Report of the Indian Hemp Drugs Commission, 1894-1895 - Volume IV
Year: 1894
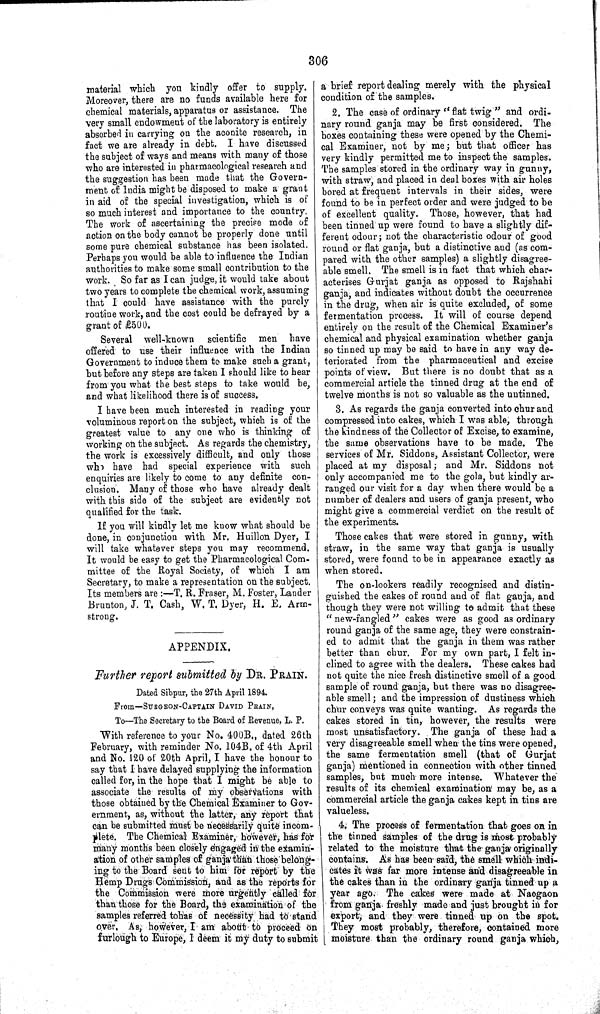
306
material which you kindly offer to supply.
Moreover, there are no funds available here for
chemical materials, apparatus or assistance. The
very small endowment of the laboratory is entirely
absorbed in carrying on the aconite research, in
fact we are already in debt. I have discussed
the subject of ways and means with many of those
who are interested in pharmacological research and
the suggestion has been made that the Govern-
ment of India might be disposed to make a grant
in aid of the special investigation, which is of
so much interest and importance to the country.
The work of ascertaining the precise mode of
action on the body cannot be properly done until
some pure chemical substance has been isolated.
Perhaps you would be able to influence the Indian
authorities to make some small contribution to the
work. So far as I can judge, it would take about
two years to complete the chemical work, assuming
that I could have assistance with the purely
routine work, and the cost could be defrayed by a
grant of £500.
Several well-known scientific men have
offered to use their influence with the Indian
Government to induce them to make such a grant,
but before any steps are taken I should like to hear
from you what the best steps to take would be,
and what likelihood there is of success.
I have been much interested in reading your
voluminous report on the subject, which is of the
greatest value to any one who is thinking of
working on the subject. As regards the chemistry,
the work is excessively difficult, and only those
who have had special experience with such
enquiries are likely to come to any definite con-
clusion. Many of those who have already dealt
with this side of the subject are evidently not
qualified for the task.
If you will kindly let me know what should be
done, in conjunction with Mr. Huillon Dyer, I
will take whatever steps you may recommend.
It would be easy to get the Pharmacological Com-
mittee of the Royal Society, of which I am
Secretary, to make a representation on the subject.
Its members are:—T. R. Fraser, M. Foster, Lander
Brunton, J. T. Cash, W. T. Dyer, H. E. Arm-
strong.
APPENDIX.
Further report submitted by DR. PRAIN.
Dated Sibpur, the 27th April 1894.
From—SURGEON-CAPTAIN DAVID PRAIN,
To—The Secretary to the Board of Revenue, L. P.
With reference to your No. 400B., dated 26th
February, with reminder No. 104B. of 4th April
and No. 120 of 20th April, I have the honour to
say that I have delayed supplying the information
called for, in the hope that I might be able to
associate the results of my observations with
those obtained by the Chemical Examiner to Gov-
ernment, as, without the latter, any report that
can be submitted must be necessarily quite incom-
plete. The Chemical Examiner, however, has for
many months been closely engaged in the examin-
ation of other samples of ganja than those belong-
ing to the Board sent to him for report by the
Hemp Drugs Commission, and as the reports for
the Commission were more urgently called for
than those for the Board, the examination of the
samples referred to has of necessity had to stand
over. As, however, I am about to proceed on
furlough to Europe, I deem it my duty to submit
a brief report dealing merely with the physical
condition of the samples.
2. The case of ordinary "flat twig" and ordi-
nary round ganja may be first considered. The
boxes containing these were opened by the Chemi-
cal Examiner, not by me; but that officer has
very kindly permitted me to inspect the samples.
The samples stored in the ordinary way in gunny,
with straw, and placed in deal boxes with air holes
bored at frequent intervals in their sides, were
found to be in perfect order and were judged to be
of excellent quality. Those, however, that had
been tinned up were found to have a slightly dif-
ferent odour; not the characteristic odour of good
round or flat ganja, but a distinctive and (as com-
pared with the other samples) a slightly disagree-
able smell. The smell is in fact that which char-
acterises Gurjat ganja as opposed to Rajshahi
ganja, and indicates without doubt the occurrence
in the drug, when air is quite excluded, of some
fermentation process. It will of course depend
entirely on the result of the Chemical Examiner's
chemical and physical examination whether ganja
so tinned up may be said to have in any way de-
teriorated from the pharmaceutical and excise
points of view. But there is no doubt that as a
commercial article the tinned drug at the end of
twelve months is not so valuable as the untinned.
3. As regards the ganja converted into chur and
compressed into cakes, which I was able, through
the kindness of the Collector of Excise, to examine,
the same observations have to be made. The
services of Mr. Siddons, Assistant Collector, were
placed at my disposal; and Mr. Siddons not
only accompanied me to the gola, but kindly ar-
ranged our visit for a day when there would be a
number of dealers and users of ganja present, who
might give a commercial verdict on the result of
the experiments.
Those cakes that were stored in gunny, with
straw, in the same way that ganja is usually
stored, were found to be in appearance exactly as
when stored.
The on-lookers readily recognised and distin-
guished the cakes of round and of flat ganja, and
though they were not willing to admit that these
"new-fangled" cakes were as good as ordinary
round ganja of the same age, they were constrain-
ed to admit that the ganja in them was rather
better than chur. For my own part, I felt in-
clined to agree with the dealers. These cakes had
not quite the nice fresh distinctive smell of a good
sample of round ganja, but there was no disagree-
able smell; and the impression of dustiness which
chur conveys was quite wanting. As regards the
cakes stored in tin, however, the results were
most unsatisfactory. The ganja of these had a
very disagreeable smell when the tins were opened,
the same fermentation smell (that of Gurjat
ganja) mentioned in connection with other tinned
samples, but much more intense. Whatever the
results of its chemical examination may be, as a
commercial article the ganja cakes kept in tins are
valueless.
4. The process of fermentation that goes on in
the tinned samples of the drug is most probably
related to the moisture that the ganja originally
contains. As has been said, the smell which indi-
cates it was far more intense and disagreeable in
the cakes than in the ordinary ganja tinned up a
year ago. The cakes were made at Naogaon
from ganja freshly made and just brought in for
export, and they were tinned up on the spot.
They most probably, therefore, contained more
moisture than the ordinary round ganja which,